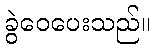
ခွဲဝေပေးသည်။